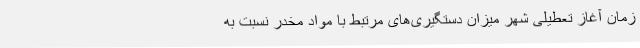
زمان آغاز تعطیلی شهر میزان دستگیری‌های مرتبط با مواد مخدر نسبت به